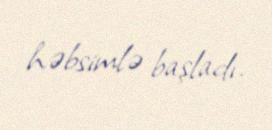
həbsimlə başladı.